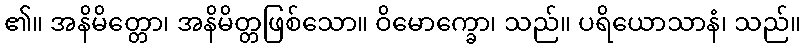
၏။ အနိမိတ္တော၊ အနိမိတ္တဖြစ်သော။ ဝိမောက္ခော၊ သည်။ ပရိယောသာနံ၊ သည်။